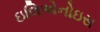
ઇલિએનોઇસ